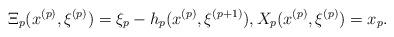
LaTeX: \begin{align*}\Xi_p(x^{(p)}, \xi^{(p)})=\xi_p-h_p(x^{(p)}, \xi^{(p+1)}),X_p(x^{(p)}, \xi^{(p)})=x_p.\end{align*}